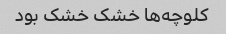
کلوچه‌ها خشک خشک بود